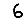
Digit: 6